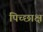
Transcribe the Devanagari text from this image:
पिच्छाक्ष